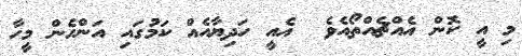
މި އީ ކޮން އެއްޗެއްތޯއެވެ  އެއީ ހަދިޔާއެއް ކަމުގައި އަންހެން މީހާ